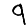
Digit: 9